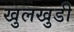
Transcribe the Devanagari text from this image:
खुलखुडी